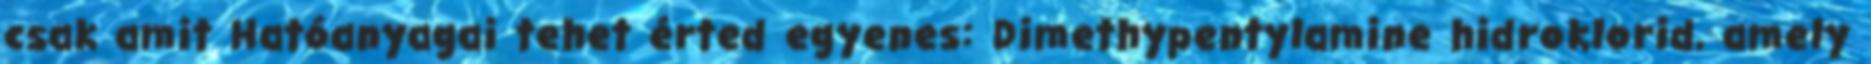
csak amit Hatóanyagai tehet érted egyenes: Dimethypentylamine hidroklorid, amely